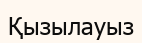
Қызылауыз